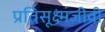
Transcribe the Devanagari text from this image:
प्रतिसूक्ष्मजीवी